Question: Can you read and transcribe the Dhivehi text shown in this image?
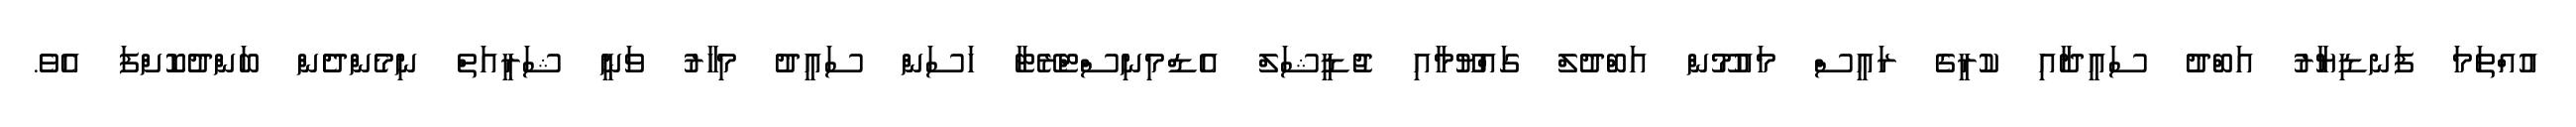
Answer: އުއްތަމަ ފަނޑިޔާރު އަބްދު ސައީދާއި ކުރީގެ ރައީސް މައުމޫން އަބްދުލް ގައްޔޫމާއި ޖުޑީޝަލް އެޑްމިނިސްޓްރޭޓާ ހަސަން ސައީދު މިހާރު ވަނީ ޝަރީއަތް ނިމެންދެން ބަންދުކޮށްފަ އެވެ.